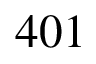
4 0 1